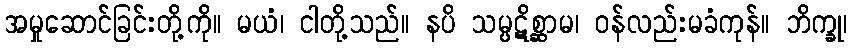
အမှုဆောင်ခြင်းတို့ကို။ မယံ၊ ငါတို့သည်။ နပိ သမ္ပဋိစ္ဆာမ၊ ဝန်လည်းမခံကုန်။ ဘိက္ခု၊